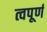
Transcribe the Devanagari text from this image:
त्वपूर्ण